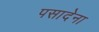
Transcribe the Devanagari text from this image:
पसादेना